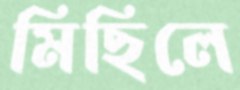
মিছিলে